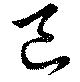
己